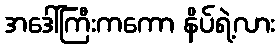
အဒေါ်ကြီးကကော နိပ်ရဲ့လား